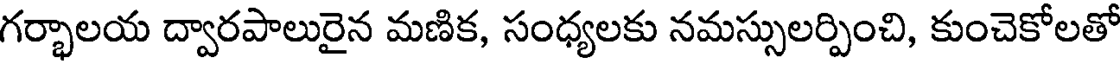
గర్భాలయ ద్వారపాలురైన మణిక, సంధ్యలకు నమస్సులర్పించి, కుంచెకోలతో